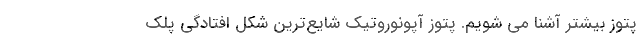
پتوز بیشتر آشنا می شویم. پتوز آپونوروتیک شایع‌ترین شکل افتادگی پلک